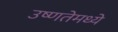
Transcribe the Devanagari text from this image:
उष्णतेमध्ये